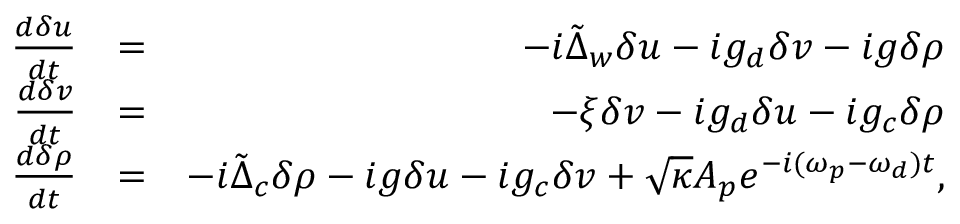
\begin{array} { r l r } { \frac { d \delta u } { d t } } & { = } & { - i \tilde { \Delta } _ { w } \delta u - i g _ { d } \delta v - i g \delta \rho } \\ { \frac { d \delta v } { d t } } & { = } & { - \xi \delta v - i g _ { d } \delta u - i g _ { c } \delta \rho } \\ { \frac { d \delta \rho } { d t } } & { = } & { - i \tilde { \Delta } _ { c } \delta \rho - i g \delta u - i g _ { c } \delta v + \sqrt { \kappa } A _ { p } e ^ { - i ( \omega _ { p } - \omega _ { d } ) t } , } \end{array}